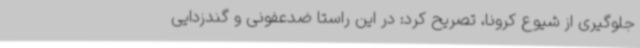
جلوگیری از شیوع کرونا، تصریح کرد: در این راستا ضدعفونی‌ و گندزدایی‌